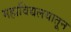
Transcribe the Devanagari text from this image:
महाविद्यलयातून